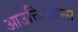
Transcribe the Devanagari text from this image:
आउक्तिओन्स